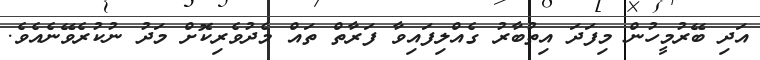
އަދި ބޭރުމީހުން މިފަދަ އިތުބާރު ގެއްލިފައިވާ ފަރާތް ތައް މެދުވެރިކޮށް މަދު ނުކުރެވޭނެއެވެ.